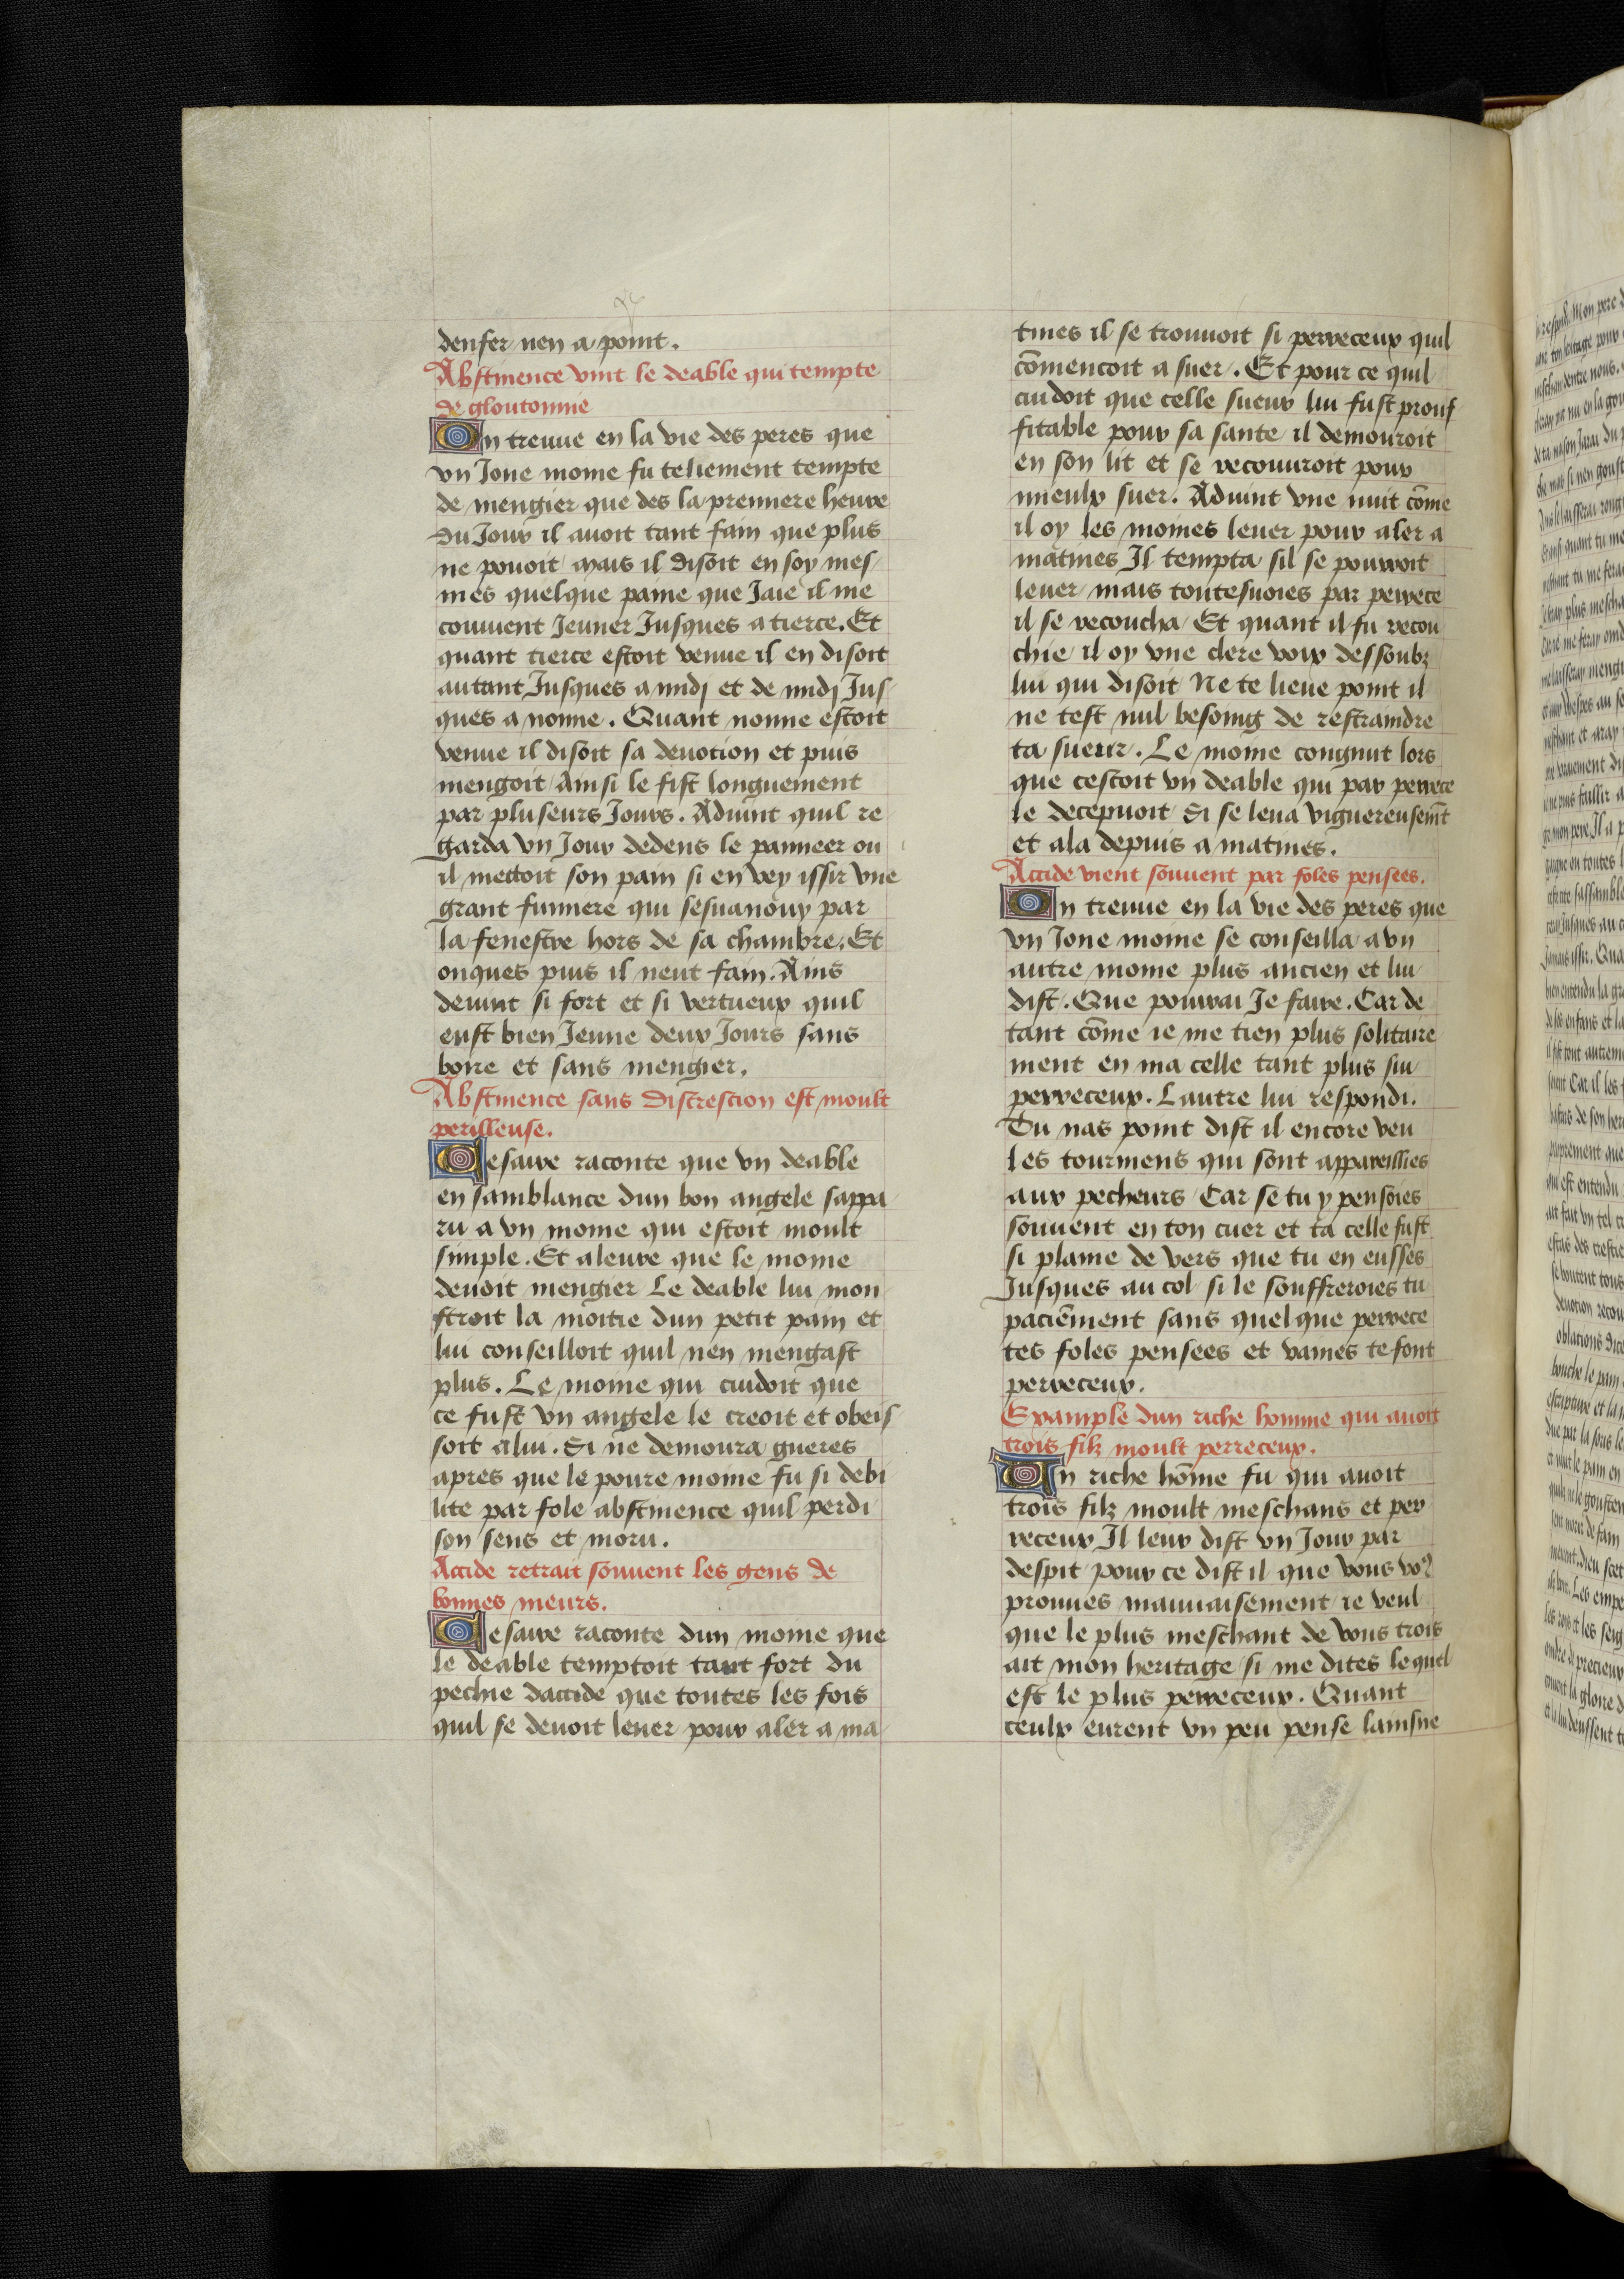
Shelfmark: Bruxelles, KBR, ms. 9232
Century: 15